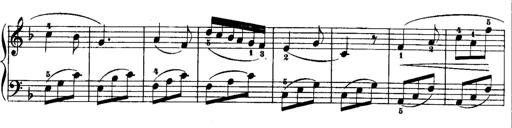
Title: Rondos and Sonatinas for Pianoforte
Composer: Daniel Steibelt